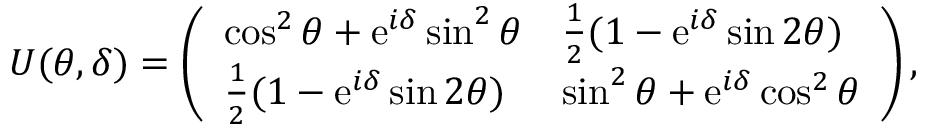
U ( \theta , \delta ) = \left( \begin{array} { l l } { \cos ^ { 2 } { \theta } + \mathrm { e } ^ { i \delta } \sin ^ { 2 } { \theta } } & { \frac { 1 } { 2 } ( 1 - \mathrm { e } ^ { i \delta } \sin { 2 \theta } ) } \\ { \frac { 1 } { 2 } ( 1 - \mathrm { e } ^ { i \delta } \sin { 2 \theta } ) } & { \sin ^ { 2 } { \theta } + \mathrm { e } ^ { i \delta } \cos ^ { 2 } { \theta } } \end{array} \right) ,